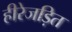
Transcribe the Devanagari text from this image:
हीरेजड़ित